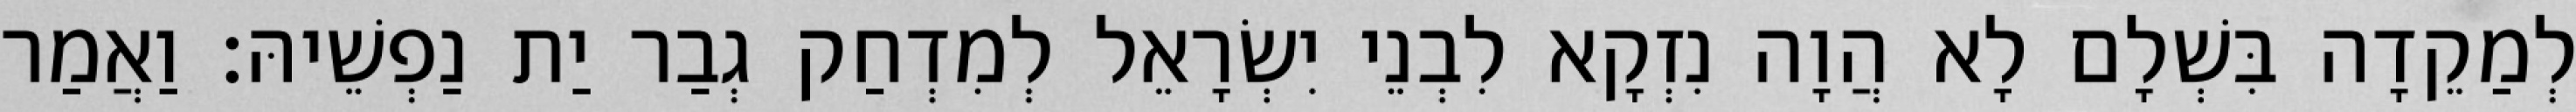
לְמַקֵדָה בִּשְׁלָם לָא הֲוָה נִזְקָא לִבְנֵי יִשְׂרָאֵל לְמִדְחַק גְבַר יַת נַפְשֵׁיהּ׃ וַאֲמַר